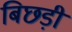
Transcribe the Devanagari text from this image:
बिछड़ी